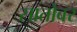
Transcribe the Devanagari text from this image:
सातोवर